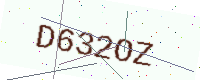
Text: D632OZ